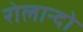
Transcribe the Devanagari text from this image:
रोलान्दो